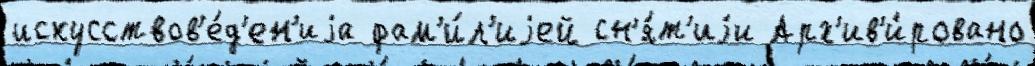
искусствов'е́д'ен'иjа фам'и́л'иjей сн'я́т'иjи Арх'ив'и́ровано